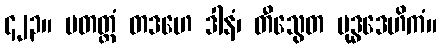
၄၂၃။ မတတ္ထံ တဒဟေ ဒါနံ၊ တီသွေတ မုဒ္ဓဒေဟိကံ။